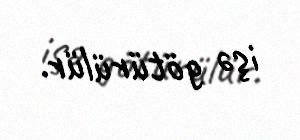
işə götürülür.